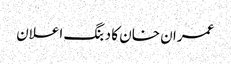
عمران خان کا دبنگ اعلان